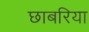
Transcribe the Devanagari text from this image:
छाबरिया